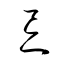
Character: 忌